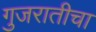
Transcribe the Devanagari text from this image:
गुजरातीचा